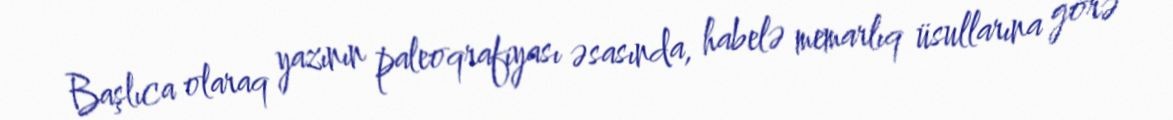
Başlıca olaraq yazının paleoqrafiyası əsasında, habelə memarlıq üsullarına görə